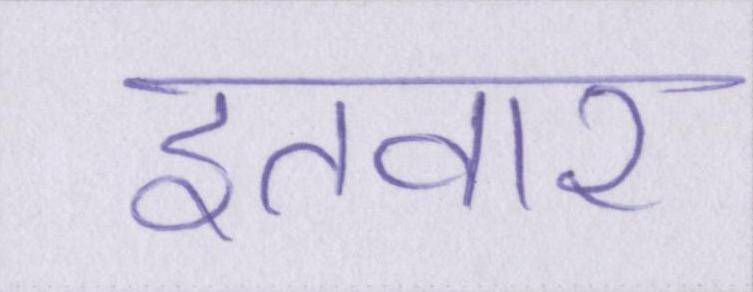
इतवार